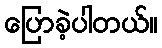
ပြောခဲ့ပါတယ်။